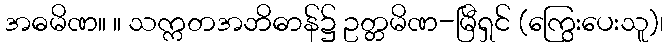
အဓမိဏ။ ။ သက္ကတအဘိဓာန်၌ ဥတ္တမိဏ-မြီရှင် (ကြွေးပေးသူ)၊